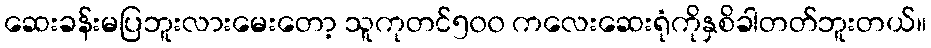
ဆေးခန်းမပြဘူးလားမေးတော့ သူကုတင်၅၀၀ ကလေးဆေးရုံကိုနှစိခါတတ်ဘူးတယ်။